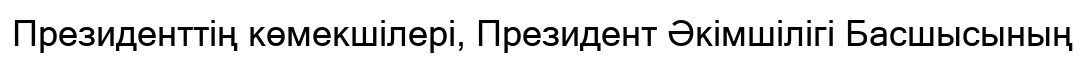
Президенттің көмекшілері, Президент Әкімшілігі Басшысының